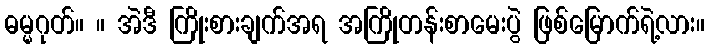
ဓမ္မဂုတ်။ ။ အဲဒီ ကြိုးစားချက်အရ အကြိုတန်းစာမေးပွဲ ဖြစ်မြောက်ရဲ့လား။